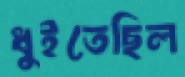
ধুইতেছিল